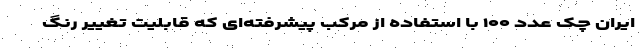
ایران چک عدد ۱۰۰ با استفاده از مرکب پیشرفته‌ای که قابلیت تغییر رنگ